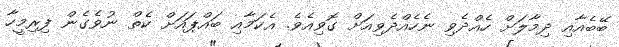
ބޭބެއާއި ދިމާލަށް ހެއްދެވި ނެހެއްދެވިއަށް ގޮވިއެވެ. އެކަމާއި ބައްޕައަށް ކެތް ނުވެގެން ފިރިމީހާ